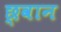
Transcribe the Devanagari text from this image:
छ्वान